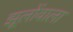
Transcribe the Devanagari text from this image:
झूलोंवाला